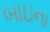
બાઇના